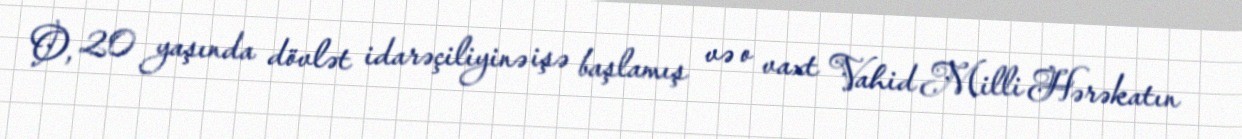
O, 20 yaşında dövlət idarəçiliyinə işə başlamış və o vaxt Vahid Milli Hərəkatın